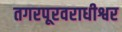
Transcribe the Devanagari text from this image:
तगरपूरवराधीश्वर